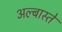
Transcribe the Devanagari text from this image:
अल्बास्ते